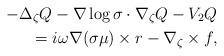
LaTeX: \begin{align*}-\Delta_\zeta Q - \nabla\log\sigma \cdot \nabla_\zeta Q - V_2 Q \\= i\omega \nabla(\sigma\mu)\times r - \nabla_\zeta \times f,\end{align*}